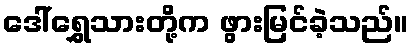
ဒေါ်ရွှေသားတို့က ဖွားမြင်ခဲ့သည်။